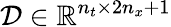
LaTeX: \mathcal{D}\in\mathbb{R}^{n_{t}\times{2n_{x}+1}}